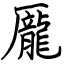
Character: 龎